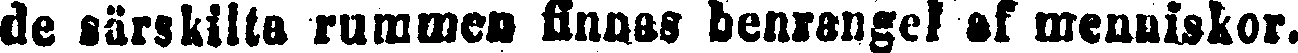
de särskilta rummen finnas benrangel af menniskor.